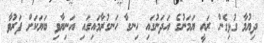
ދިޔުމާ ގުޅިގެން ރައީ ޔަމަނުގެ އަދަނުގައި ހިނގާ ހަނގުރާމައިގައި އަނިޔާވި ބަޔަކަށް ފަރުވާ